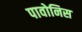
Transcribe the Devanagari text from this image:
पावोनिस